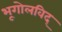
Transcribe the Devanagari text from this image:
भूगोलविद्